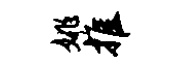
姚推